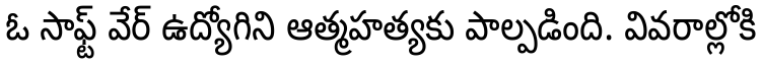
ఓ సాఫ్ట్ వేర్ ఉద్యోగిని ఆత్మహత్యకు పాల్పడింది. వివరాల్లోకి